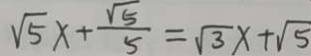
\sqrt { 5 } x + \frac { \sqrt { 5 } } { 5 } = \sqrt { 3 } x + \sqrt { 5 }